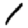
Digit: 1